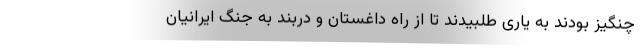
چنگیز بودند به یاری طلبیدند تا از راه داغستان و دربند به جنگ ایرانیان